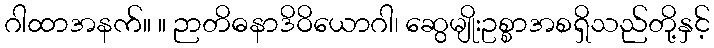
ဂါထာအနက်။ ။ ဉာတိဓနာဒိဝိယောဂါ၊ ဆွေမျိုးဥစ္စာအစရှိသည်တို့နှင့်